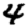
Digit: 4